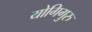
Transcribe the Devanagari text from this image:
योगिगुरु